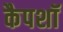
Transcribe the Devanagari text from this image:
कैपशॉ